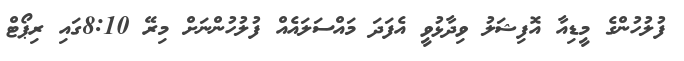
ފުލުހުންގެ މީޑިއާ އޮފިޝަލު ވިދާޅުވީ އެފަދަ މައްސަލައެއް ފުލުހުންނަށް މިރޭ 8:10ގައި ރިޕޯޓް